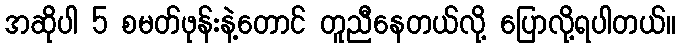
အဆိုပါ 5 စမတ်ဖုန်းနဲ့တောင် တူညီနေတယ်လို့ ပြောလို့ရပါတယ်။